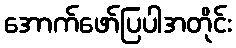
အောက်ဖော်ပြပါအတိုင်း